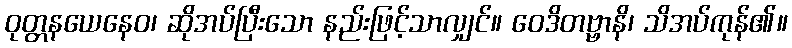
ဝုတ္တနယေနေဝ၊ ဆိုအပ်ပြီးသော နည်းဖြင့်သာလျှင်။ ဝေဒိတဗ္ဗာနိ၊ သိအပ်ကုန်၏။